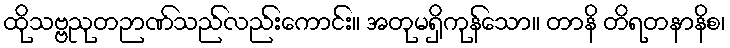
ထိုသဗ္ဗညုတဉာဏ်သည်လည်းကောင်း။ အတုမရှိကုန်သော။ တာနိ တိရတနာနိစ၊